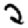
Digit: 2